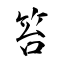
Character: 笞